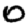
Digit: 0